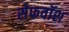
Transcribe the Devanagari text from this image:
सेफवॉश